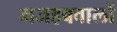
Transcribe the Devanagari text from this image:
मजहबवालों